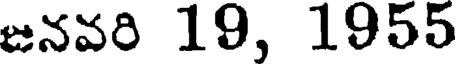
జనవరి 19, 1955